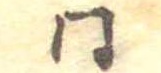
同